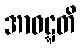
အာဝဋ္ဋတိ